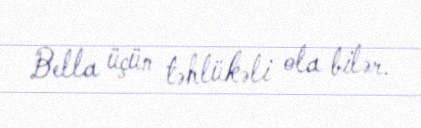
Bella üçün təhlükəli ola bilər.